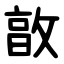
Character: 㪟